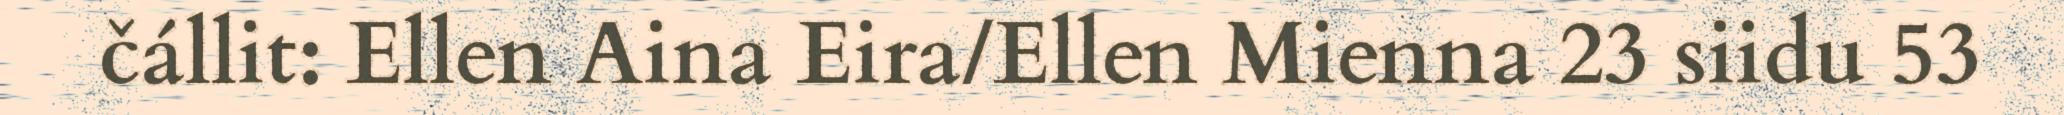
čállit: Ellen Aina Eira/Ellen Mienna 23 siidu 53